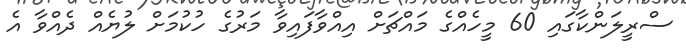
ސްރީލަންކާގައި 60 މީހެއްގެ މައްޗަށް އިއްވާފައިވާ މަރުގެ ހުކުމަށް ލުޔެއް ދެއްވާ އެ